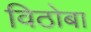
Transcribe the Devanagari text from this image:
विठाेबा